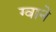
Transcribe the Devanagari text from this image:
ग्वाने